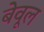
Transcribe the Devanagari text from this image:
बेवूल